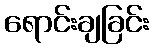
ရောင်းချခြင်း